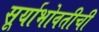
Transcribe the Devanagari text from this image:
सूर्याभोवतीची